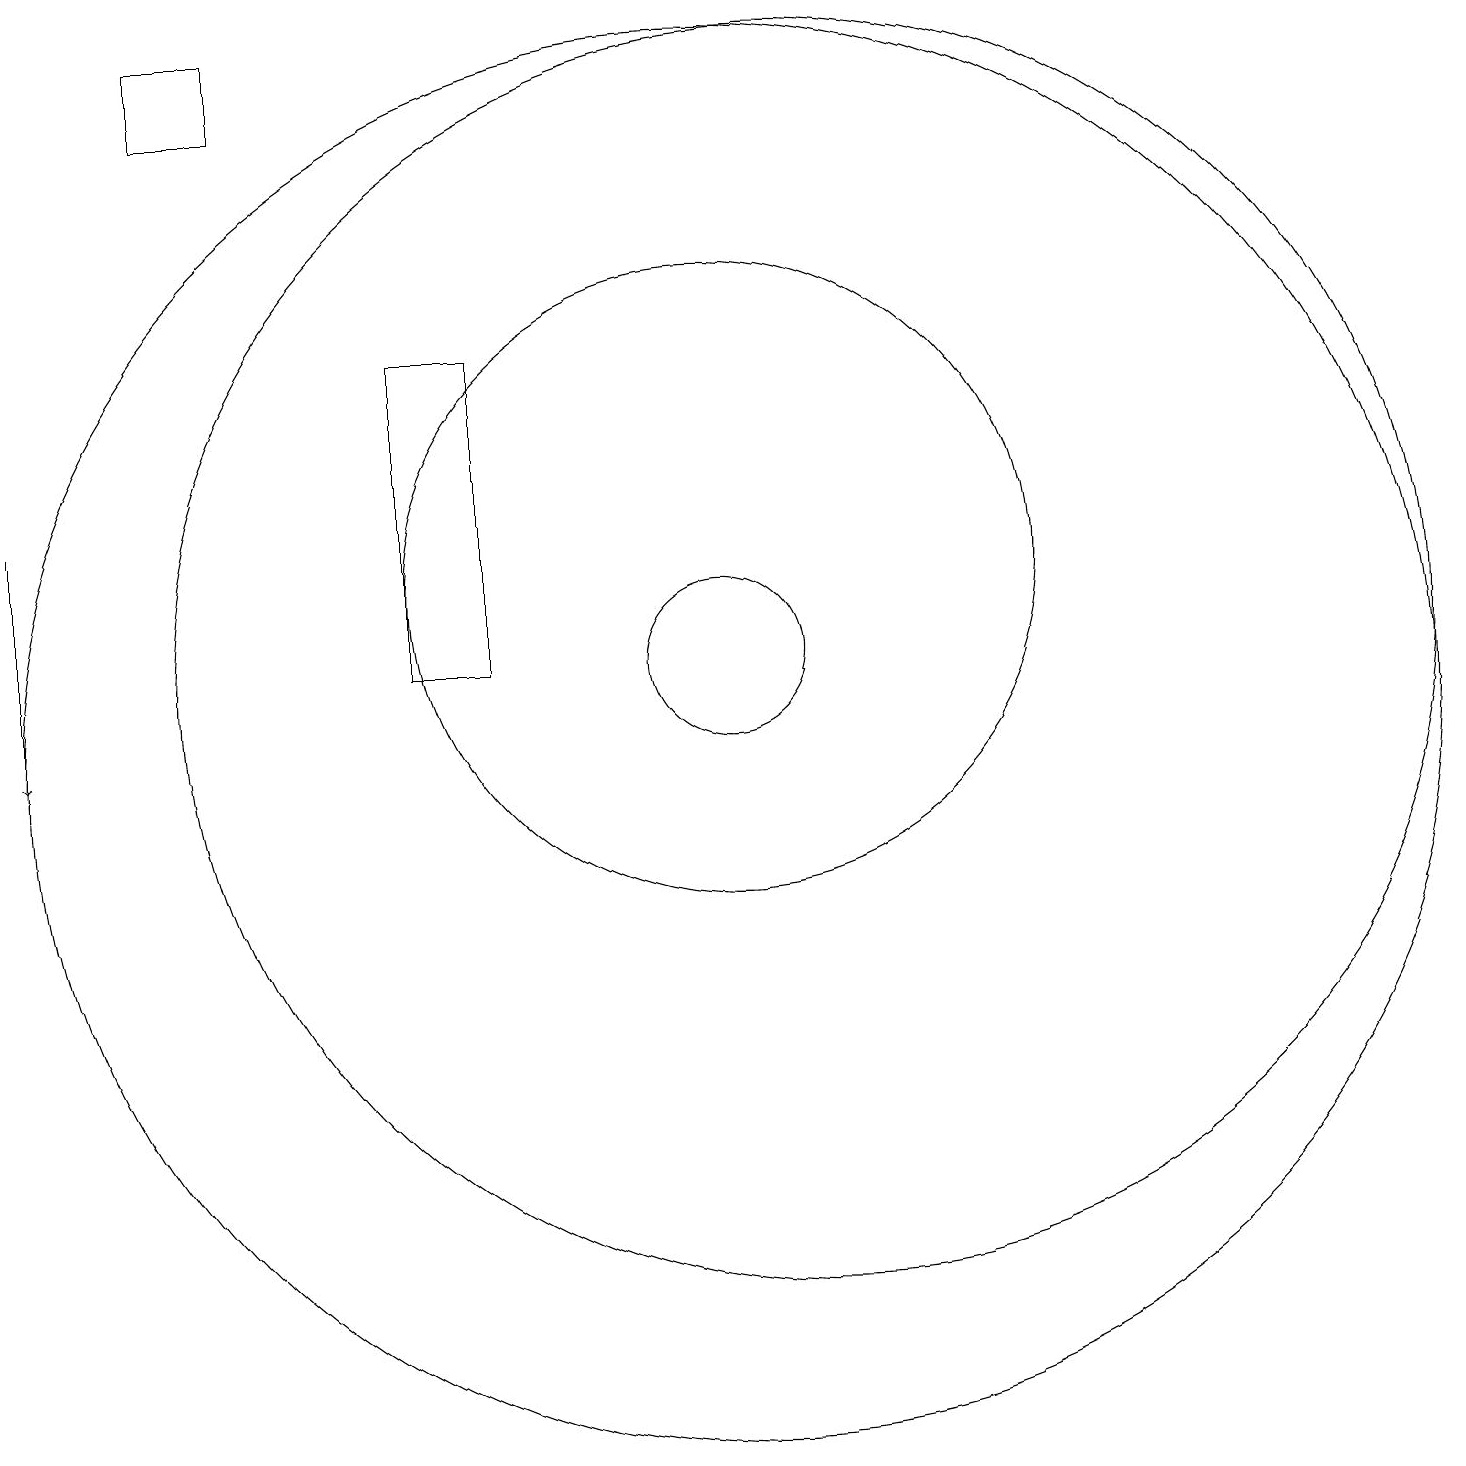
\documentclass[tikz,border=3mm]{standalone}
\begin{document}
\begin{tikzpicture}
\draw (11,10) circle (9);
\draw (4,18) rectangle (5,19);
\draw (12,11) circle (8);
\draw (11,11) circle (1);
\draw[->] (2,13) -- (2,10);
\draw (11,12) circle (4);
\draw (7,11) rectangle (8,15);
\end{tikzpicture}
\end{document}